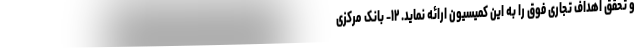
و تحقق اهداف تجاری فوق را به این کمیسیون ارائه نماید. ۱۲- بانک مرکزی